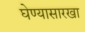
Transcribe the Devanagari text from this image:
घेण्यासारखा